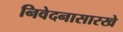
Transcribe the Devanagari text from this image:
निवेदनासारखे